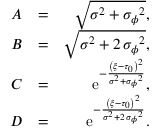
\begin{array} { r l r } { A } & { = } & { \sqrt { { \sigma } ^ { 2 } + { { \sigma _ { \phi } } } ^ { 2 } } , } \\ { B } & { = } & { \sqrt { { \sigma } ^ { 2 } + 2 \, { { \sigma _ { \phi } } } ^ { 2 } } , } \\ { C } & { = } & { { \mathrm { e } ^ { - { \frac { \left( { \xi } - { \tau _ { 0 } } \right) ^ { 2 } } { { \sigma } ^ { 2 } + { { \sigma _ { \phi } } } ^ { 2 } } } } } , } \\ { D } & { = } & { { \mathrm { e } ^ { - { \frac { \left( { \xi } - { \tau _ { 0 } } \right) ^ { 2 } } { { \sigma } ^ { 2 } + 2 \, { { \sigma _ { \phi } } } ^ { 2 } } } } } . } \end{array}